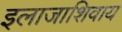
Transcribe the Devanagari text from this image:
इलाजाशिवाय